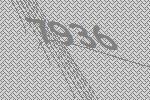
7936